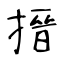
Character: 搢